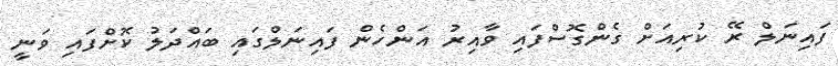
ފައިނަލް ރޭ ކުރިއަށް ގެންގޮސްފައި ވާއިރު އަންހެން ފައިނަލްގައި ބައްދަލު ކޮށްފައި ވަނީ